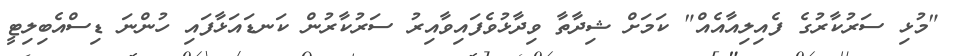
"މުޅި ސަރުކާރުގެ ފެއިލިއާއެއް" ކަމަށް ޝިދާތާ ވިދާޅުވެފައިވާއިރު ސަރުކާރުން ކަނޑައަޅާފައި ހުންނަ ޑިސްއެބިލިޓީ